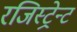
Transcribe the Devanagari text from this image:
रजिस्ट्रेन्ट